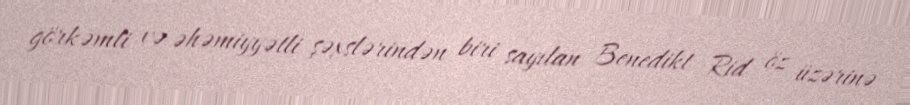
görkəmli və əhəmiyyətli şəxslərindən biri sayılan Benedikt Rid öz üzərinə